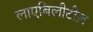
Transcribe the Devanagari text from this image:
लाएबिलीटीज़